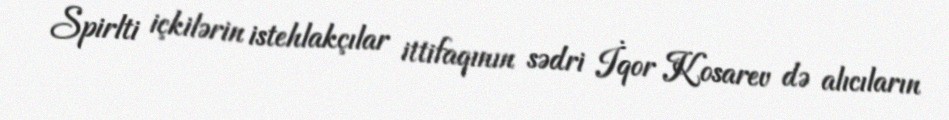
Spirlti içkilərin istehlakçılar ittifaqının sədri İqor Kosarev də alıcıların